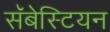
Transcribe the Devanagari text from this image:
सॅबेस्टियन